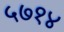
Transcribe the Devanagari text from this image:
५७१४